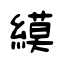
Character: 縸